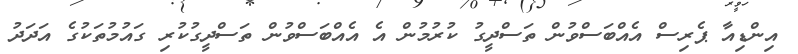
އިންޑިއާ ޕެރިސް އެއްބަސްވުން ތަސްދީގު ކުރުމުން އެ އެއްބަސްވުން ތަސްދީގުކުރި ގައުމުތަކުގެ އަދަދު